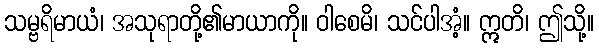
သမ္ဗရိမာယံ၊ အသုရာတို့၏မာယာကို။ ဝါစေမိ၊ သင်ပါအံ့။ ဣတိ၊ ဤသို့။